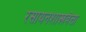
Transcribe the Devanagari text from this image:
रसायनशास्त्रवेत्ता